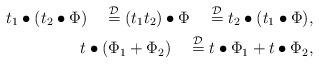
LaTeX: \begin{align*}t_1\bullet(t_2\bullet\Phi)\quad\stackrel{\mathcal{D}}=(t_1t_2)\bullet\Phi\quad\stackrel{\mathcal{D}}=t_2\bullet(t_1\bullet\Phi),\\t\bullet(\Phi_1+\Phi_2)\quad\stackrel{\mathcal{D}}=t\bullet\Phi_1+t\bullet\Phi_2,\end{align*}